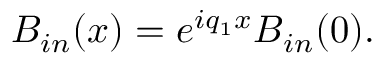
B _ { i n } ( x ) = e ^ { i q _ { 1 } x } B _ { i n } ( 0 ) .